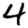
Digit: 4